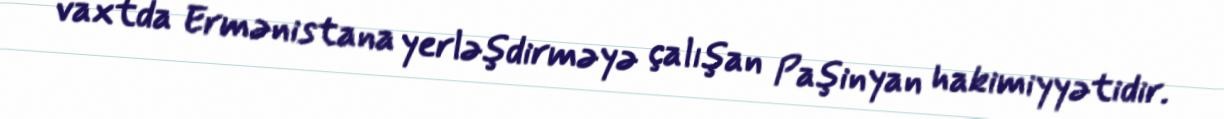
vaxtda Ermənistana yerləşdirməyə çalışan Paşinyan hakimiyyətidir.